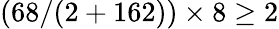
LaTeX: (68/(2+162))\times 8\geq 2